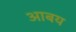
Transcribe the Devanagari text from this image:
आबय